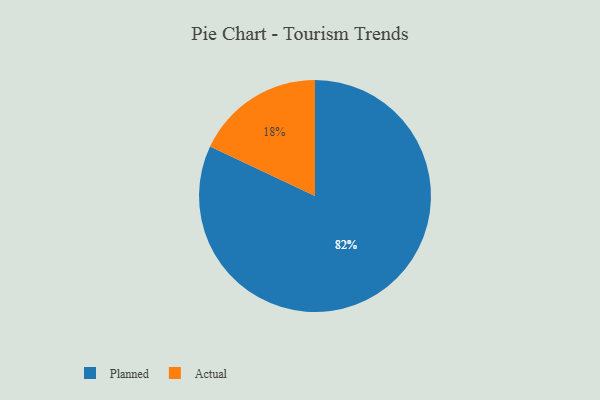
{"axis": {"x": "Category", "y": "Percentage"}, "legend": ["Actual", "Planned"], "data": [{"x": "Actual", "y": 18, "type": "Actual"}, {"x": "Planned", "y": 82, "type": "Planned"}]}